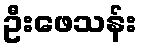
ဦးဖေသန်း